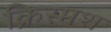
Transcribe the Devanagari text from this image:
क्रिस्मश